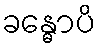
ခန္ဓောပိ